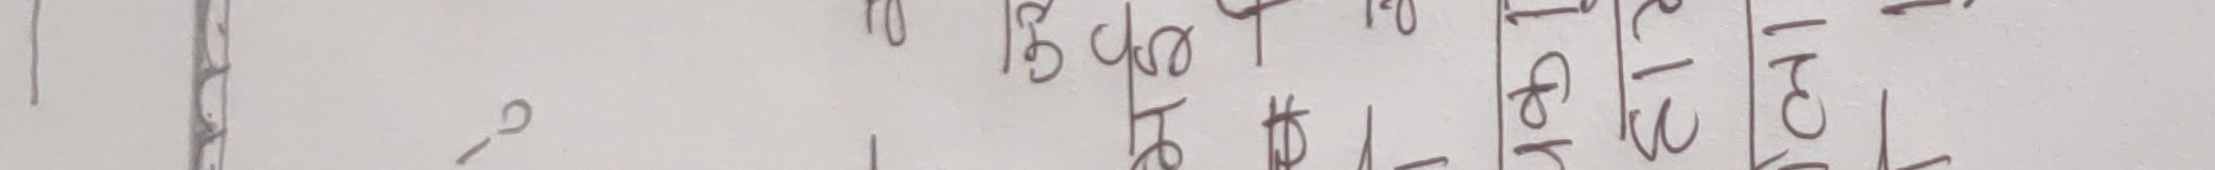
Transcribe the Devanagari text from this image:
२ ७५० १५० १० १